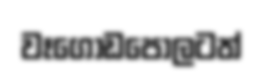
වෑගොඩපොලටත්